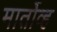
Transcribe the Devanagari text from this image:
मार्तोव्ह